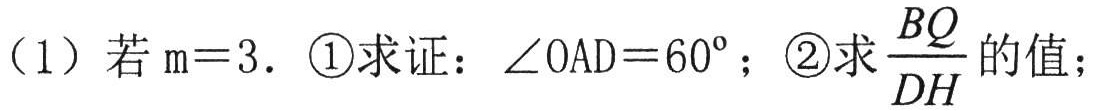
（1）若\(m = 3\). \textcircled{1}求证：\(\angle OAD = 60^{\circ}\)；\textcircled{2}求\(\frac{BQ}{DH}\)的值；